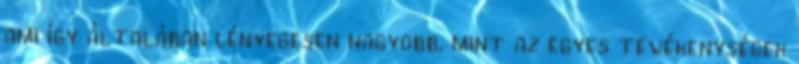
ami így általában lényegesen nagyobb, mint az egyes tevékenységek